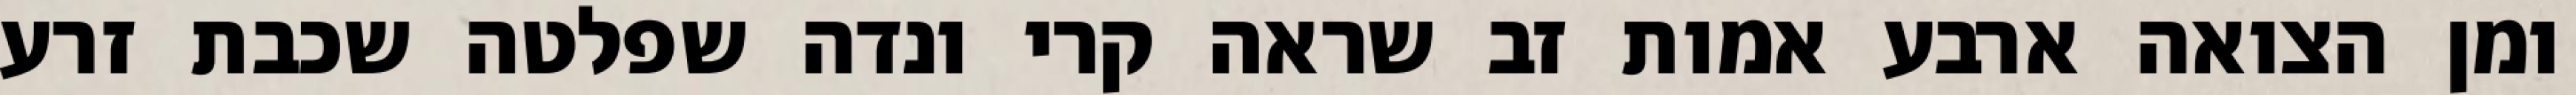
ומן הצואה ארבע אמות זב שראה קרי ונדה שפלטה שכבת זרע